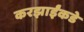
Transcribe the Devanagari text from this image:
करझाईंकडे